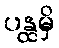
ပန္ထမှိ